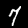
Digit: 7